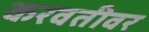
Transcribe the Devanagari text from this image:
करवतीवर